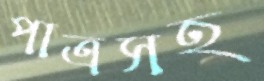
পাত্রসহ